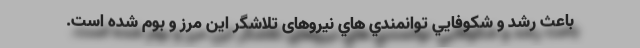
باعث رشد و شكوفایي توانمندي هاي نیروهای تلاشگر اين مرز و بوم شده است.